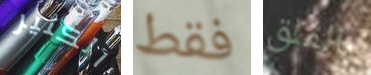
الكثير فقط بالقلق